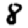
Digit: 8